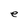
Character: e